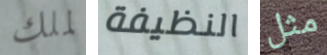
لملك النظيفة مثل